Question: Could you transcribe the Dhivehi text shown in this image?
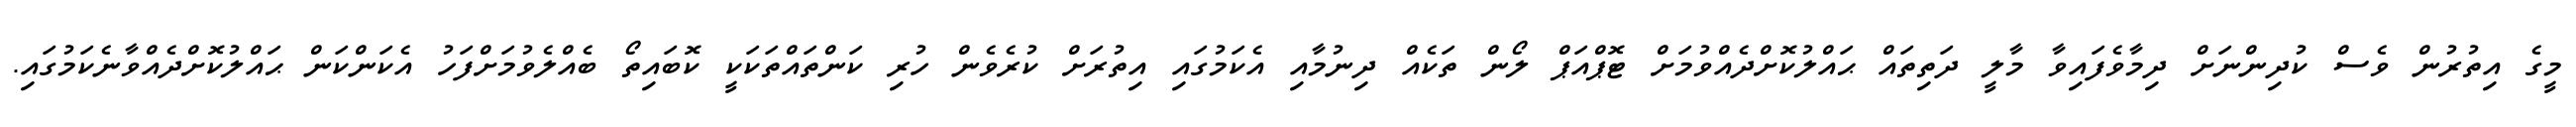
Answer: މީގެ އިތުރުން ވެސް ކުދިންނަށް ދިމާވެފައިވާ މާލީ ދަތިތައް ޙައްލުކޮށްދެއްވުމަށް ޓޮޕްއަޕް ލޯން ތަކެއް ދިނުމާއި އެކަމުގައި އިތުރަށް ކުރެވެން ހުރި ކަންތައްތަކަކީ ކޮބައިތޯ ބެއްލެވުމަށްފަހު އެކަންކަން ޙައްލުކޮށްދެއްވާނެކަމުގައި.